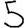
Digit: 5